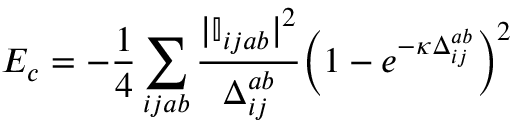
E _ { c } = - \frac { 1 } { 4 } \sum _ { i j a b } \frac { | \mathbb { I } _ { i j a b } | ^ { 2 } } { \Delta _ { i j } ^ { a b } } \Big ( 1 - e ^ { - \kappa \Delta _ { i j } ^ { a b } } \Big ) ^ { 2 }